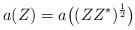
LaTeX: \begin{align*}a(Z) = a\big((ZZ^*)^\frac{1}{2}\big)\end{align*}